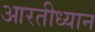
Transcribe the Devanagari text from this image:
आरतीध्यान